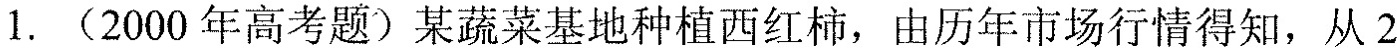
1.(2000年高考题)某蔬菜基地种植西红柿，由历年市场行情得知，从2